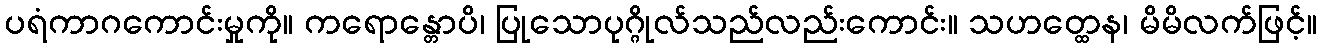
ပရံကာဂကောင်းမှုကို။ ကရောန္တောပိ၊ ပြုသောပုဂ္ဂိုလ်သည်လည်းကောင်း။ သဟတ္ထေန၊ မိမိလက်ဖြင့်။